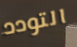
التودد